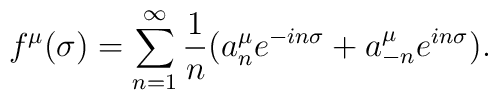
f^{\mu}(\sigma)= \sum_{n=1}^{\infty} \frac{1}{n} (a^{\mu}_n e^{-in \sigma}+ a^{\mu}_{-n} e^{in \sigma}).